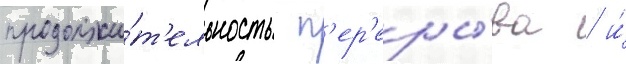
продолжи́т'ельность п'ер'еры́ва / и́